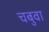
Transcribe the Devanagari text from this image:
चबुवा